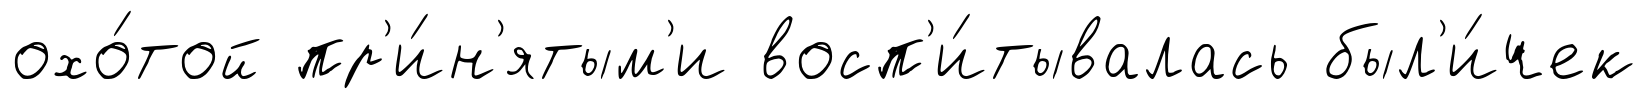
охо́той пр'и́н'ятым'и восп'и́тывалась был'и́чек